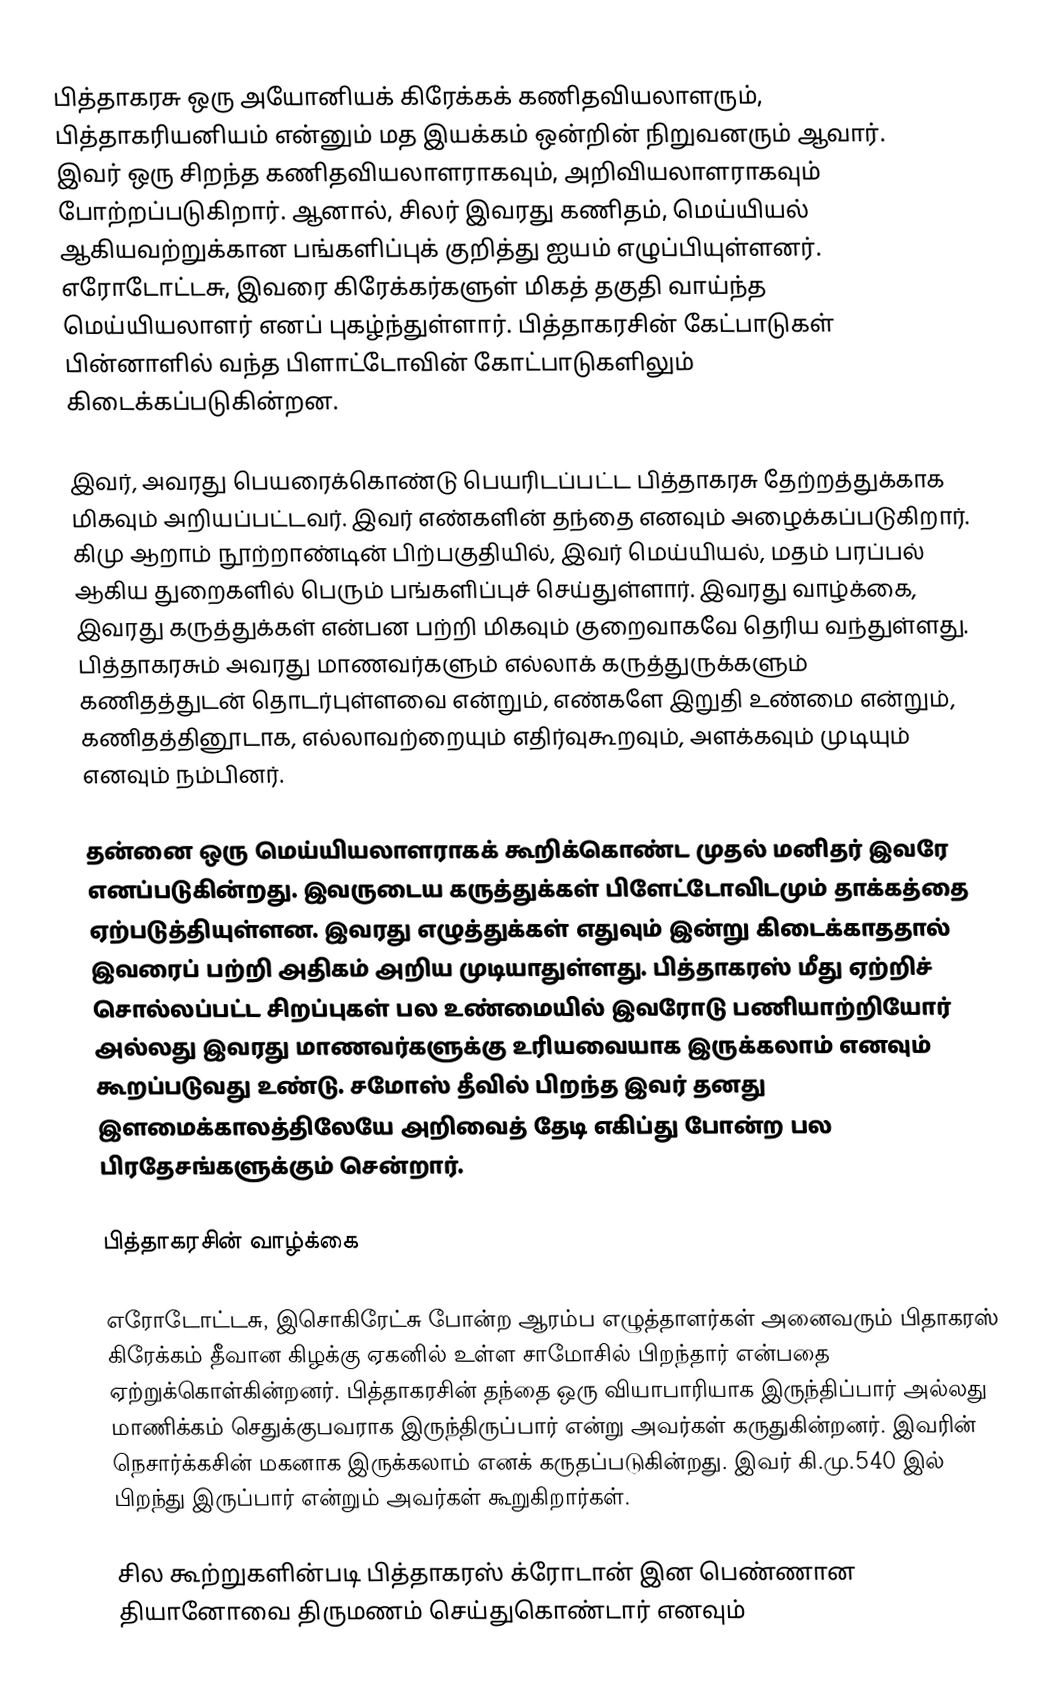
பித்தாகரசு ஒரு அயோனியக் கிரேக்கக் கணிதவியலாளரும், பித்தாகரியனியம் என்னும் மத இயக்கம் ஒன்றின் நிறுவனரும் ஆவார். இவர் ஒரு சிறந்த கணிதவியலாளராகவும், அறிவியலாளராகவும் போற்றப்படுகிறார். ஆனால், சிலர் இவரது கணிதம், மெய்யியல் ஆகியவற்றுக்கான பங்களிப்புக் குறித்து ஐயம் எழுப்பியுள்ளனர். எரோடோட்டசு, இவரை கிரேக்கர்களுள் மிகத் தகுதி வாய்ந்த மெய்யியலாளர் எனப் புகழ்ந்துள்ளார். பித்தாகரசின் கேட்பாடுகள் பின்னாளில் வந்த பிளாட்டோவின் கோட்பாடுகளிலும் கிடைக்கப்படுகின்றன.

இவர், அவரது பெயரைக்கொண்டு பெயரிடப்பட்ட பித்தாகரசு தேற்றத்துக்காக மிகவும் அறியப்பட்டவர். இவர் எண்களின் தந்தை எனவும் அழைக்கப்படுகிறார். கிமு ஆறாம் நூற்றாண்டின் பிற்பகுதியில், இவர் மெய்யியல், மதம் பரப்பல் ஆகிய துறைகளில் பெரும் பங்களிப்புச் செய்துள்ளார். இவரது வாழ்க்கை, இவரது கருத்துக்கள் என்பன பற்றி மிகவும் குறைவாகவே தெரிய வந்துள்ளது. பித்தாகரசும் அவரது மாணவர்களும் எல்லாக் கருத்துருக்களும் கணிதத்துடன் தொடர்புள்ளவை என்றும், எண்களே இறுதி உண்மை என்றும், கணிதத்தினூடாக, எல்லாவற்றையும் எதிர்வுகூறவும், அளக்கவும் முடியும் எனவும் நம்பினர்.

தன்னை ஒரு மெய்யியலாளராகக் கூறிக்கொண்ட முதல் மனிதர் இவரே எனப்படுகின்றது. இவருடைய கருத்துக்கள் பிளேட்டோவிடமும் தாக்கத்தை ஏற்படுத்தியுள்ளன. இவரது எழுத்துக்கள் எதுவும் இன்று கிடைக்காததால் இவரைப் பற்றி அதிகம் அறிய முடியாதுள்ளது. பித்தாகரஸ் மீது ஏற்றிச் சொல்லப்பட்ட சிறப்புகள் பல உண்மையில் இவரோடு பணியாற்றியோர் அல்லது இவரது மாணவர்களுக்கு உரியவையாக இருக்கலாம் எனவும் கூறப்படுவது உண்டு. சமோஸ்  தீவில் பிறந்த இவர் தனது இளமைக்காலத்திலேயே அறிவைத் தேடி எகிப்து போன்ற பல பிரதேசங்களுக்கும் சென்றார்.

பித்தாகரசின் வாழ்க்கை

எரோடோட்டசு, இசொகிரேட்சு போன்ற ஆரம்ப எழுத்தாளர்கள் அனைவரும் பிதாகரஸ் கிரேக்கம் தீவான கிழக்கு ஏகனில் உள்ள சாமோசில்  பிறந்தார் என்பதை ஏற்றுக்கொள்கின்றனர். பித்தாகரசின் தந்தை ஒரு வியாபாரியாக இருந்திப்பார் அல்லது மாணிக்கம் செதுக்குபவராக இருந்திருப்பார் என்று அவர்கள் கருதுகின்றனர். இவரின் நெசார்க்கசின் மகனாக இருக்கலாம் எனக் கருதப்படுகின்றது. இவர் கி.மு.540 இல் பிறந்து இருப்பார் என்றும் அவர்கள் கூறுகிறார்கள்.

சில கூற்றுகளின்படி பித்தாகரஸ்  க்ரோடான் இன  பெண்ணான தியானோவை திருமணம் செய்துகொண்டார் எனவும்